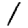
Digit: 1